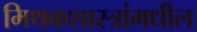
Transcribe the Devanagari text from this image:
मिथकशास्त्रांमधील